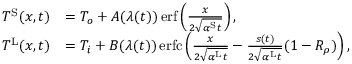
\begin{array} { r l } { T ^ { \mathrm { S } } ( x , t ) } & { = T _ { o } + A ( \lambda ( t ) ) \, \mathrm { e r f } \left( \frac { x } { 2 \sqrt { \alpha ^ { \mathrm { S } } t } } \right) , } \\ { T ^ { \mathrm { L } } ( x , t ) } & { = T _ { i } + B ( \lambda ( t ) ) \, \mathrm { e r f c } \left( \frac { x } { 2 \sqrt { \alpha ^ { \mathrm { L } } t } } - \frac { s ( t ) } { 2 \sqrt { \alpha ^ { \mathrm { L } } t } } ( 1 - R _ { \rho } ) \right) , } \end{array}